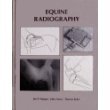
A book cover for Equine Radiography (Venture Series in Veterinary Medicine); Joe P. Morgan; Medical Books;